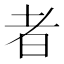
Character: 者